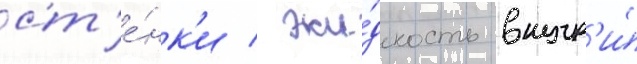
ст'е́нк'и / жи́дкость внутр'и́